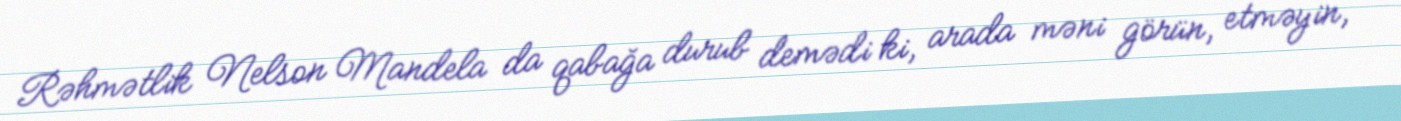
Rəhmətlik Nelson Mandela da qabağa durub demədi ki, arada məni görün, etməyin,